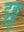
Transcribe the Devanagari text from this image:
डुड्डु